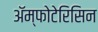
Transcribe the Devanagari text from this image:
ॲम्फोटेरिसिन